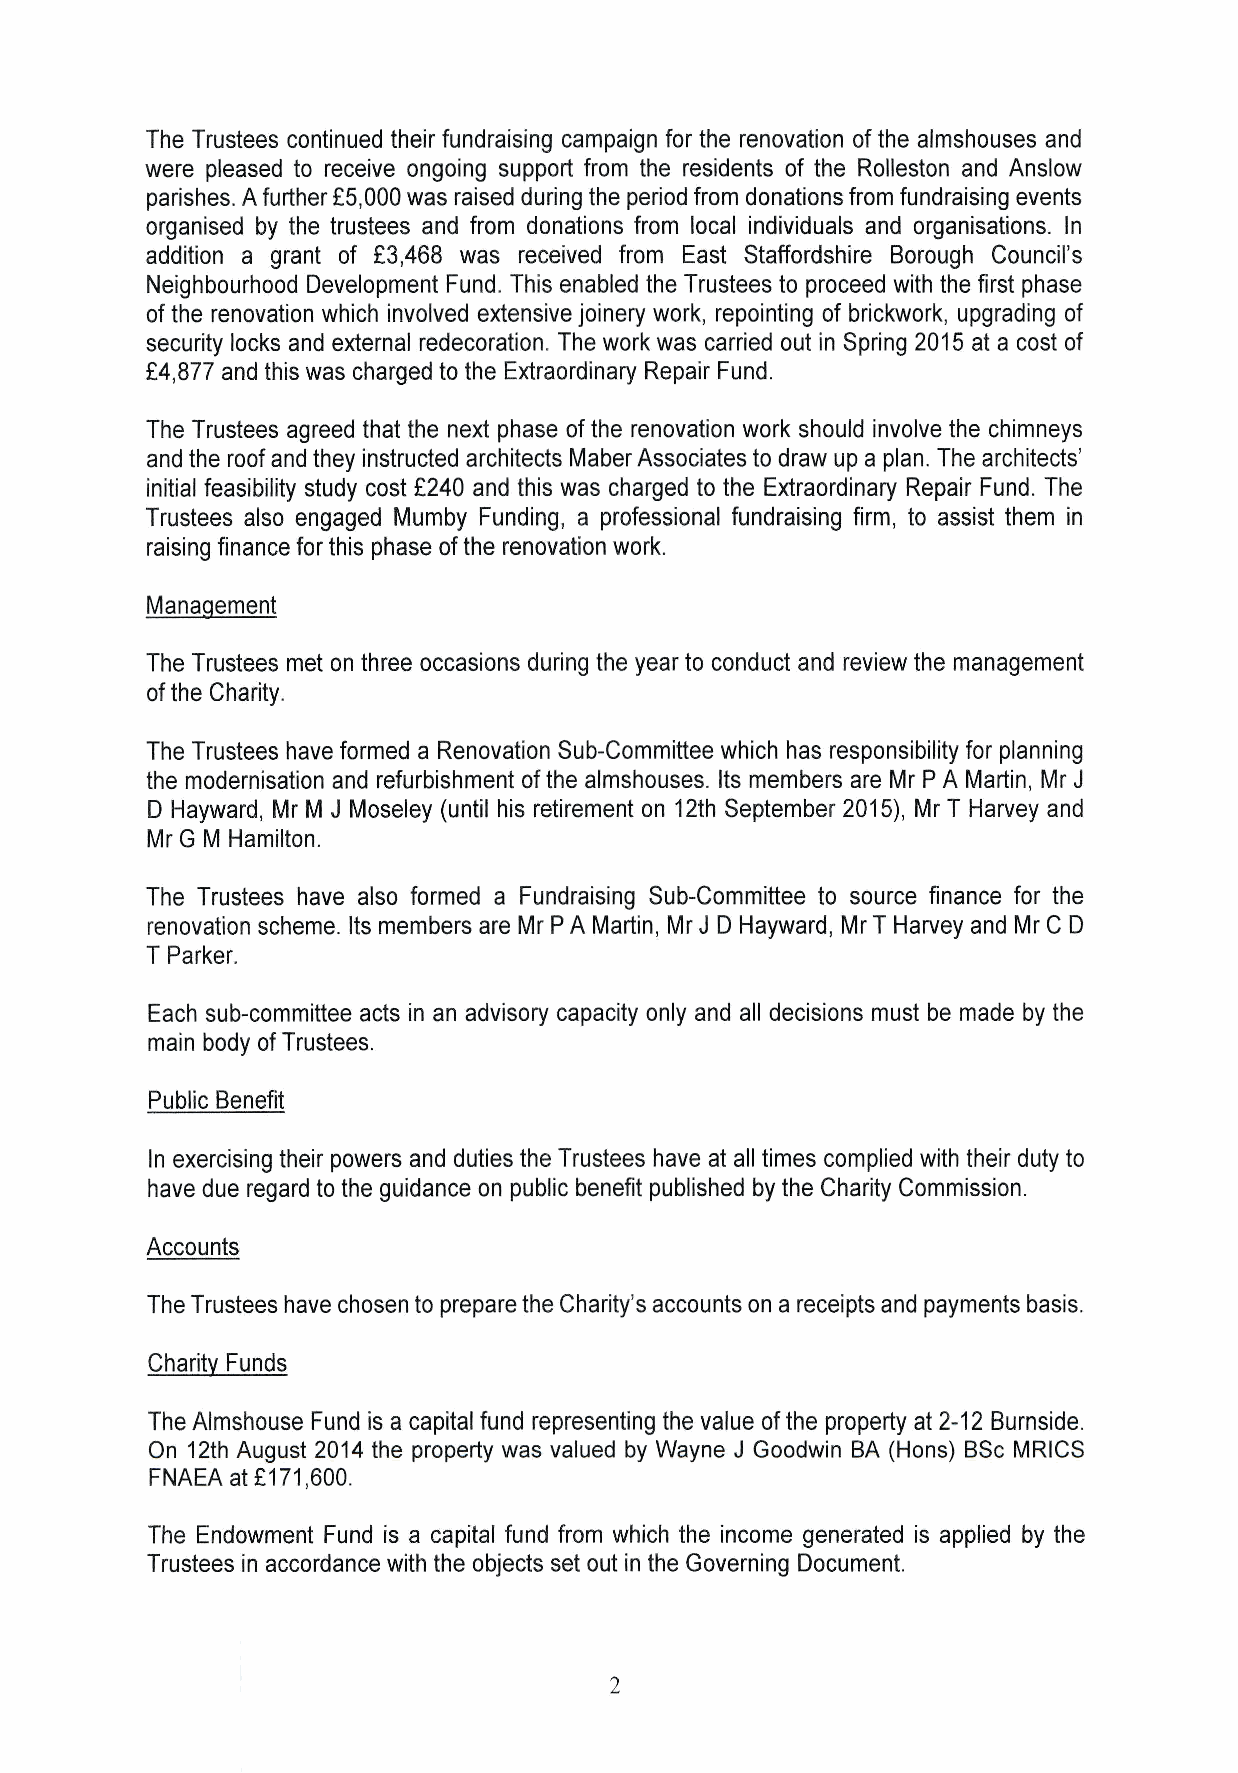
The Trustees continued their fundraising campaign for the renovation of the almshouses and
 were pleased to receive ongoing support from the residents of the Rolleston and Anslow
 parishes. A further E5,000was raised during the period from donations from fundraising events
 organised by the trustees and from donations from local individuals and organisations. In
 addition a grant of E3,468 was received from East Staffordshire Borough Council's
 Neighbourhood Development Fund. This enabled the Trustees to proceed with the first phase
 ofthe renovation which involved extensive joinery work, repointing of brickwork, upgrading of
 security locks and external redecoration. The work was carried out in Spring 2015 at a cost of
 F4,877 and this was charged to the Extraordinary Repair Fund.
 The Trustees agreed that the next phase ofthe renovation work should involve the chimneys
 and the roof and they instructed architects Maber Associates to draw up a plan. The architects'
 initial feasibility study cost f240 and this was charged to the Extraordinary Repair Fund. The
 Trustees also engaged Mumby Funding, a professional fundraising firm, to assist them in
 raising finance for this phase ofthe renovation work.
 Mana ement
 The Trustees met on three occasions during the year to conduct and review the management
 ofthe Charity.
 The Trustees have formed a Renovation Sub-Committee which has responsibility for planning
 the modernisation and refurbishment ofthe almshouses. Its members are Mr P A Martin, Mr J
 D Hayward, Mr M J Moseley (until his retirement on 12th September 2015), Mr T Harvey and
 Mr G M Hamilton.
 The Trustees have also formed a Fundraising Sub-Committee to source finance for the
 renovation scheme. Its members are Mr P A Martin, Mr J D Hayward, Mr T Harvey and Mr C D
 T Parker.
 Each sub-committee acts in an advisory capacity only and all decisions must be made by the
 main body ofTrustees.
 Public Benefit
 In exercising their powers and duties the Trustees have at all times complied with their duty to
 have due regard to the guidance on public benefit published by the Charity Commission.
 Accounts
 The Trustees have chosen to prepare the Charity's accounts on a receipts and payments basis.
 I
 F
 ~Ch
 The Almshouse Fund is a capital fund representing the value ofthe property at 2-12 Burnside.
 On 12th August 2014 the property was valued by Wayne J Goodwin BA (Hons) BScMRICS
 FNAEA at f171,600.
 The Endowment Fund is a capital fund from which the income generated is applied by the
 Trustees in accordance with the objects set out in the Governing Document.